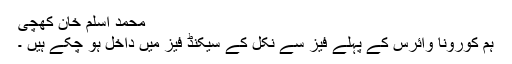
محمد اسلم خان کھچی
ہم کورونا وائرس کے پہلے فیز سے نکل کے سیکنڈ فیز میں داخل ہو چکے ہیں ۔